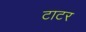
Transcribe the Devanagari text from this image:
टाटर